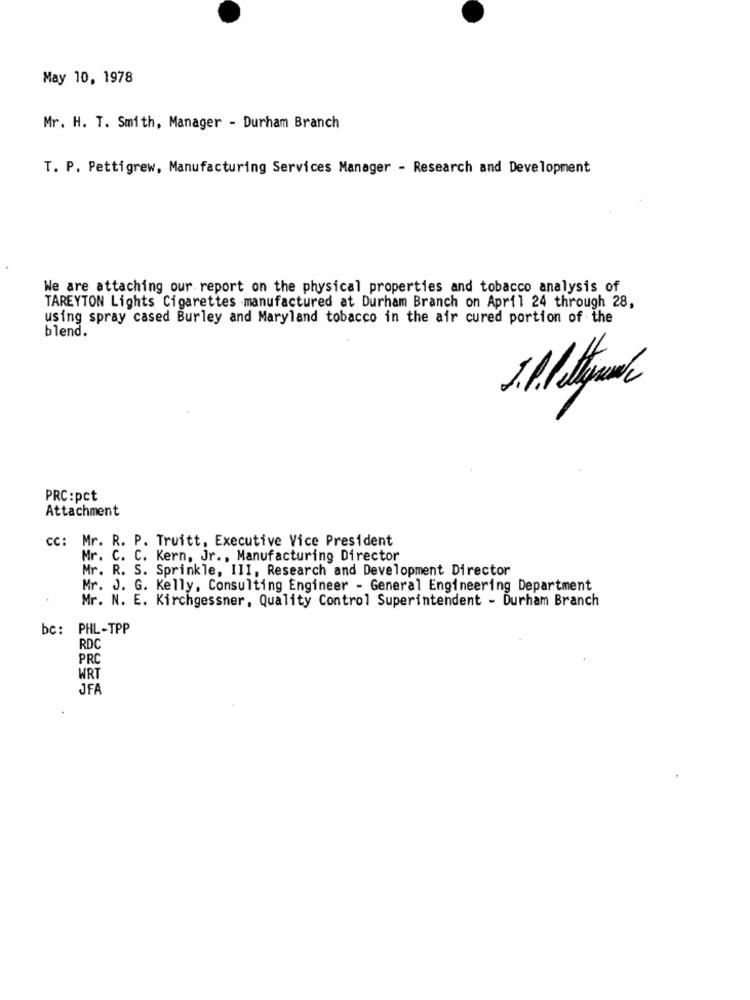
May 10, 1978
Mr. H. T. Smith, Manager - Durham Branch
T. P. Pettigrew, Manufacturing Services Manager - Research and Development
We are attaching our report on the physical properties and tobacco analysis of
TAREYTON Lights Cigarettes manufactured at Durham Branch on April 24 through 28,
using spray cased Burley and Maryland tobacco in the air cured portion of the
blend.
PRC:pct
Attachment
cc: Mr. R. P. Truitt, Executive Vice President
Mr. C. C. Kern, Jr ., Manufacturing Director
Mr. R. S. Sprinkle, III, Research and Development Director
Mr. J. G. Kelly, Consulting Engineer - General Engineering Department
Mr. N. E. Kirchgessner, Quality Control Superintendent - Durham Branch
bc: PHL-TPP
RDC
PRO
WRT
JFA